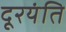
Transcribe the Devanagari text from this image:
दूरयंति